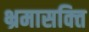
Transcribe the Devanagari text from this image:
भ्रमासक्‍ति